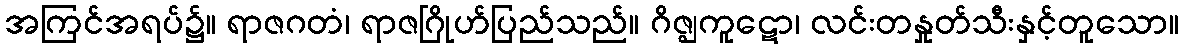
အကြင်အရပ်၌။ ရာဇဂတံ၊ ရာဇဂြိုဟ်ပြည်သည်။ ဂိဇ္ဈကူဋော၊ လင်းတနှုတ်သီးနှင့်တူသော။